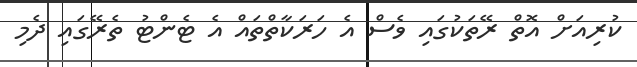
ކުރިއަށް އޮތް ރޭތަކުގައި ވެސް އެ ހަރަކާތްތައް އެ ޓެންޓު ތެރޭގައި ދެމި